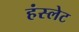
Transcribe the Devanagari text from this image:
हंस्लेट